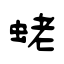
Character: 蛯